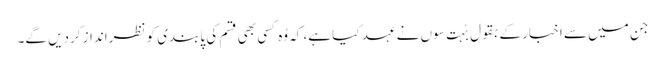
جن میں سے اخبار کے بقول بُہت سوں نے عہد کیا ہے، کہ وُہ کسی بھی قسم کی پابندی کو نظرانداز کردیں گے۔